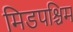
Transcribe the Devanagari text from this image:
मिडपश्चिम